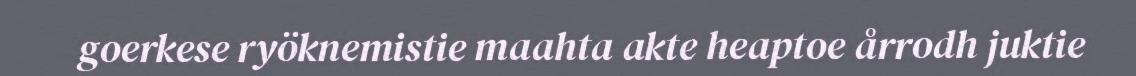
goerkese ryöknemistie maahta akte heaptoe årrodh juktie